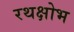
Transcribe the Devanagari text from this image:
रथक्षोभ